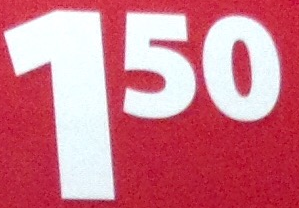
150